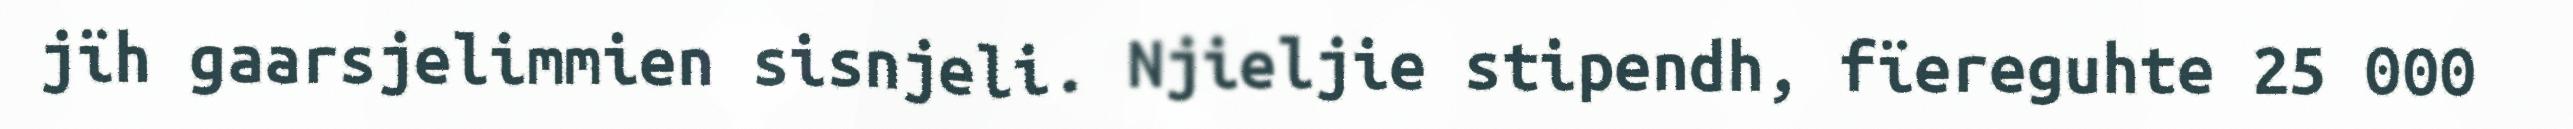
jïh gaarsjelimmien sisnjeli. Njieljie stipendh, fïereguhte 25 000